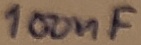
Text: 100nF